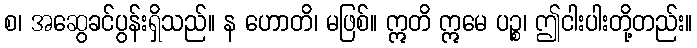
စ၊ အဆွေခင်ပွန်းရှိသည်။ န ဟောတိ၊ မဖြစ်။ ဣတိ ဣမေ ပဉ္စ၊ ဤငါးပါးတို့တည်း။